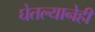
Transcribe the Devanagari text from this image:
घेतल्यानेही